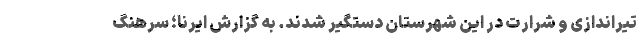
تیراندازی و شرارت در این شهرستان دستگیر شدند. به گزارش ایرنا؛ سرهنگ